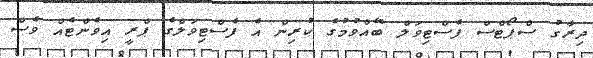
ދިރާގު ސްޕޯޓްސް ފެސްޓިވަލް ބޭއްވުމުގެ ކުރިން އެ ފެސްޓިވަލްގެ ޕްރީ އިވެންޓެއް ވެސް